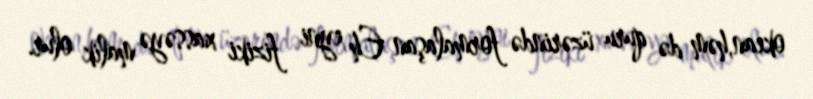
okean,həm də quru üzərində formalaşan Eh eyni fiziki xassəyə malik olur.